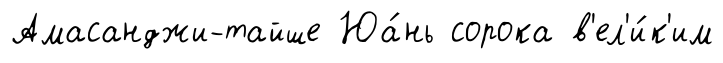
Амасанджи-тайше Юа́нь сорока в'ел'и́к'им